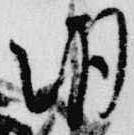
朝